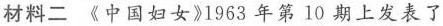
材料二《中国妇女》1963年第10期上发表了